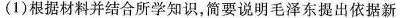
(1)根据材料并结合所学知识，简要说明毛泽东提出依据新